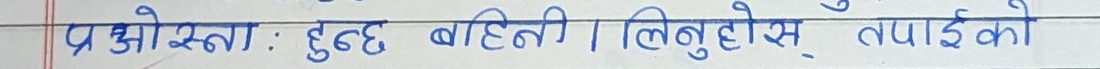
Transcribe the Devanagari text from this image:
प्र ओस्ना : हुन्छ बहिती | लिनुहोस् तपाइको